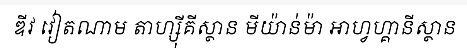
ឌីវ វៀតណាម តាហ្ស៊ីគីស្ថាន មីយ៉ាន់ម៉ា អាហ្វហ្គានីស្ថាន